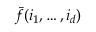
\bar { f } ( i _ { 1 } , \ldots , i _ { d } )